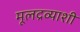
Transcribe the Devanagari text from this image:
मूलद्रव्याशी